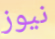
نيوز